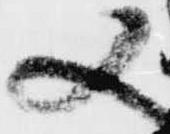
又